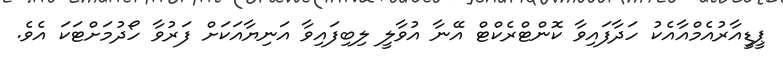
ޕީޑީއާރުއެމްއާއެކު ހަދާފައިވާ ކޮންޓްރެކްޓް އޭނާ އުވާލީ ލިބިފައިވާ އަނިޔާއަކަށް ފަރުވާ ހޯދުމަށްޓަކަ އެވެ.